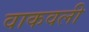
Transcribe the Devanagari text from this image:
वाकवली